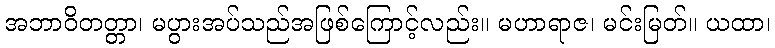
အဘာဝိတတ္တာ၊ မပွားအပ်သည်အဖြစ်ကြောင့်လည်း။ မဟာရာဇ၊ မင်းမြတ်။ ယထာ၊